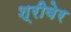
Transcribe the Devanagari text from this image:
श्रीवेर